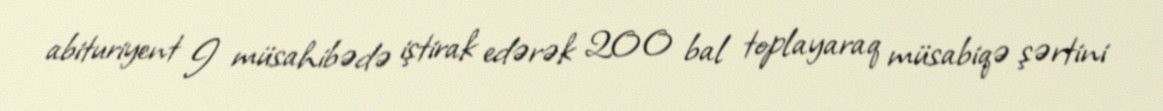
abituriyent I müsahibədə iştirak edərək 200 bal toplayaraq müsabiqə şərtini